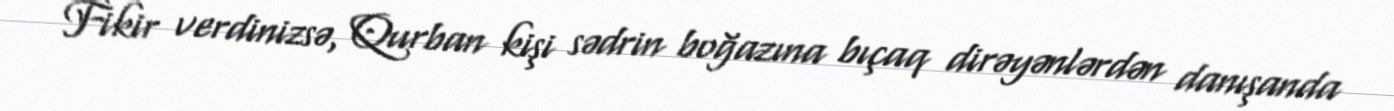
Fikir verdinizsə, Qurban kişi sədrin boğazına bıçaq dirəyənlərdən danışanda